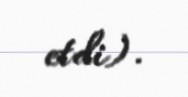
etdi).